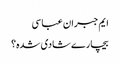
ایم جبران عباسی
بیچارے شادی شدہ؟